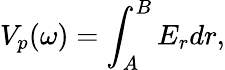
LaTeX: V_{p}(\omega)=\int_{A}^{B}E_{r}dr,